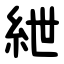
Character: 紲